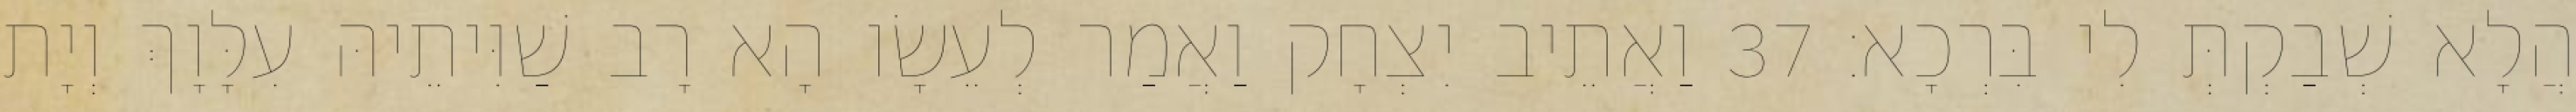
הֲלָא שְׁבַקְתְּ לִי בִּרְכָא׃ 37 וַאֲתֵיב יִצְחָק וַאֲמַר לְעֵשָׂו הָא רָב שַׁוִּיתֵיהּ עִלָּוָךְ וְיָת